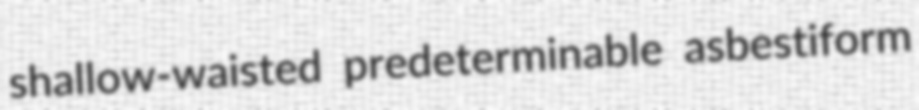
shallow-waisted predeterminable asbestiform